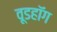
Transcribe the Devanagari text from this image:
वूडहॉग